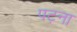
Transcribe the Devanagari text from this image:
पट़ना